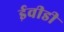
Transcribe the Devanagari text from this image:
ईवीडी